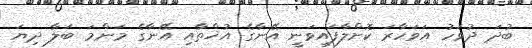
ބުދަ ދުވަހު އަވަހާރަ ކޮށްލާފައިވަނީ އޭނާގެ އުޚްތާއި އޭނާގެ މަންމަ ބަލާ ދިޔަ